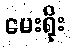
မေးရိုး